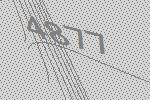
4877